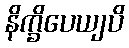
နိက္ခိပေယျပိ